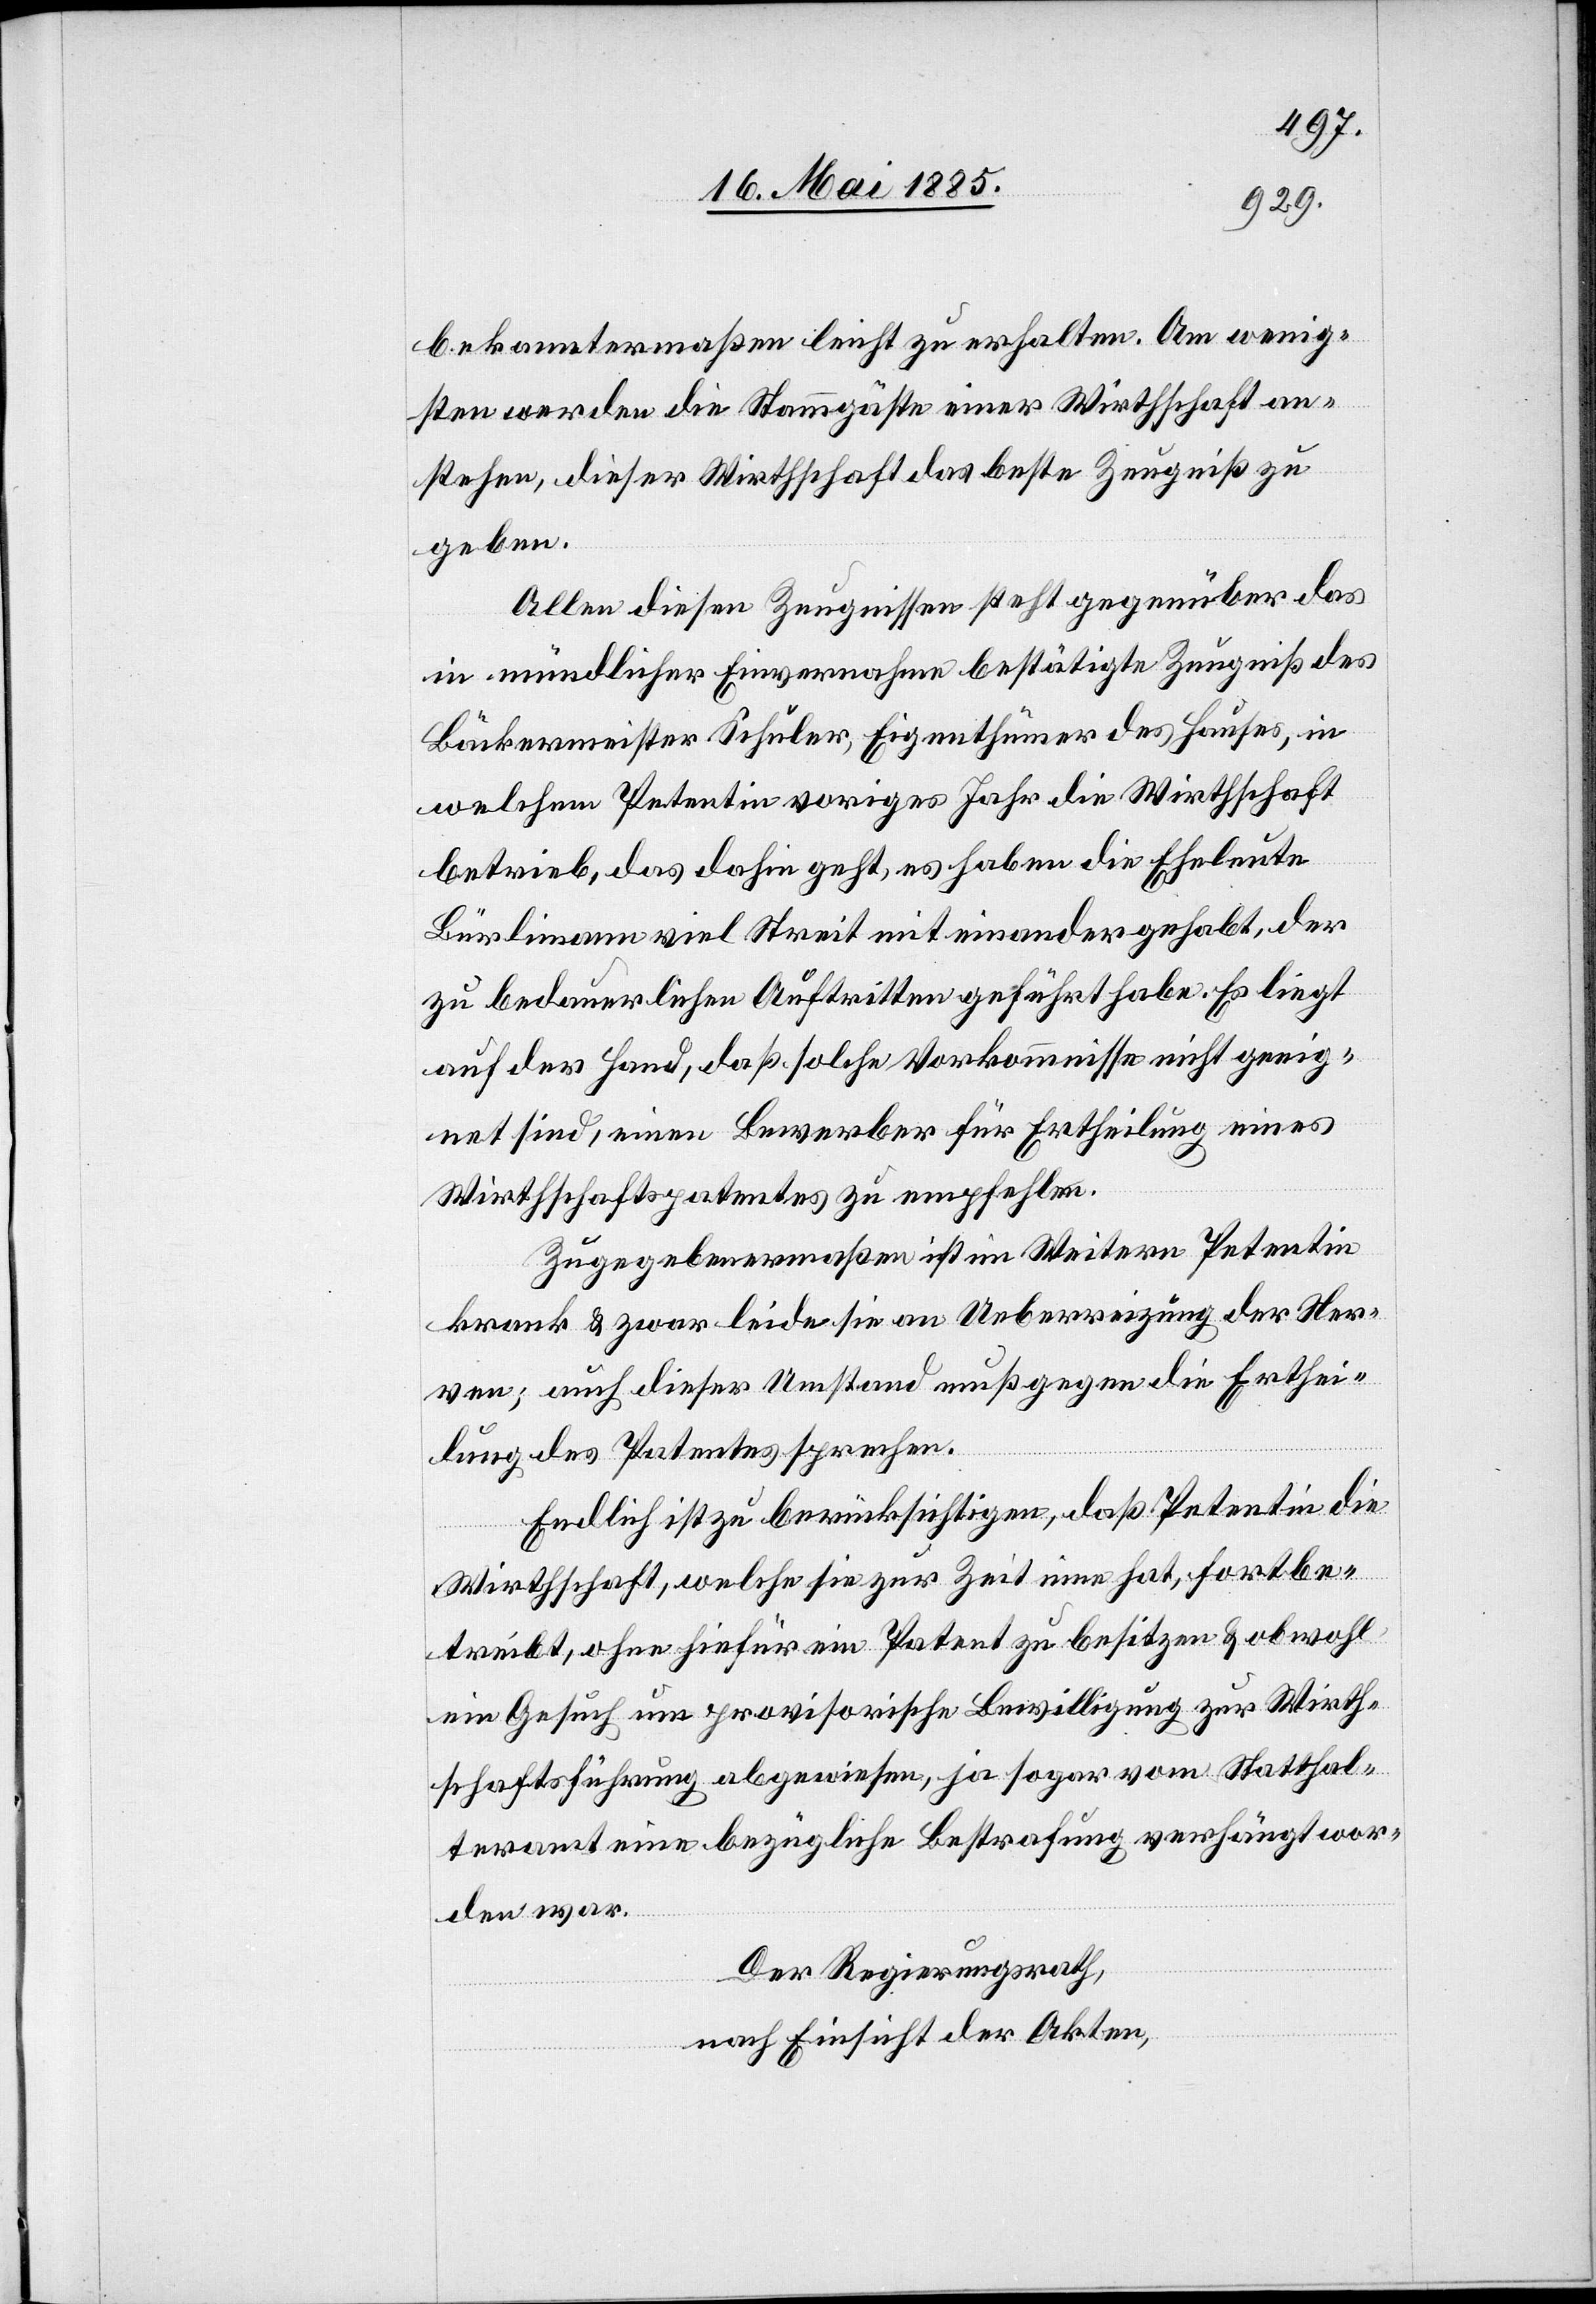
bekanntermaßen leicht zu erhalten. am wenig¬
sten werden die Stammgäste einer Wirthschaft an¬
stehen, dieser Wirthschaft das beste Zeugniß zu
geben.
Allen diesen Zeugnissen steht gegenüber das
in mündlicher Einvernahme bestätigte Zeugniß des
Bäckermeisters Schüler, Eigenthümer des Hauses, in
welchem Petentin voriges Jahr die Wirthschaft
betrieb, das dahin geht, es haben die Eheleute
Bürlimann viel Streit mit einander gehabt, der
zu bedauerlichen Auftritten geführt habe. Es liegt
auf der Hand, daß solche Vorkommnisse nicht geeig¬
net sind, einen Bewerber für Ertheilung eines
Wirthschaftspatentes zu empfehlen.
Zugegebenermaßen ist im Weitern Petentin
krank & zwar leide sie an Ueberreizung der Ner¬
ven; auch dieser Umstand muß gegen die Erthei¬
lung des Patentes sprechen.
Endlich ist zu berücksichtigen, daß Petentin die
Wirthschaft, welche sie zur Zeit eine hat, fortbe¬
treibt, ohne hiefür ein Patent zu besitzen & obwohl
ein Gesuch um provisorische Bewilligung zur Wirth¬
schaftsführung abgewiesen, ja sogar vom Statthal¬
teramt eine bezügliche Bestrafung verhängt wor¬
den war.
Der Regierungsrath,
nach Einsicht der Akten,